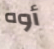
أوه